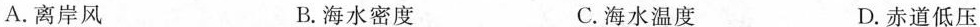
A.离岸风 B.海水密度 C.海水温度 D.赤道低压